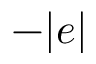
- | e |